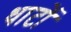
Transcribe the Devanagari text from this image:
धाटों